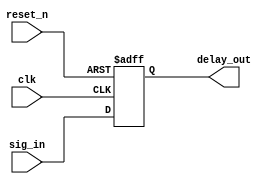
`timescale 1ns / 1ps
//////////////////////////////////////////////////////////////////////////////////
// Company: 
// Engineer: 
// 
// Design Name: 
// Module Name: D_FlipFlop
// Project Name: 
// Target Devices: 
// Tool Versions: 
// Description: 
// 
// Dependencies: 
// 
// Revision:
// Revision 0.01 - File Created
// Additional Comments:
// 
//////////////////////////////////////////////////////////////////////////////////


module D_FlipFlop #(parameter N=16) (
    input clk, reset_n, 
    input [N-1:0] sig_in,
    output reg [N-1:0] delay_out

    );
    
    always @(posedge clk, negedge reset_n)
    begin
        if(~reset_n)
            delay_out <= 'b0;
        else
            delay_out <= sig_in;
    end
    
    
endmodule